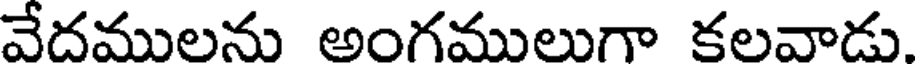
వేదములను అంగములుగా కలవాడు.